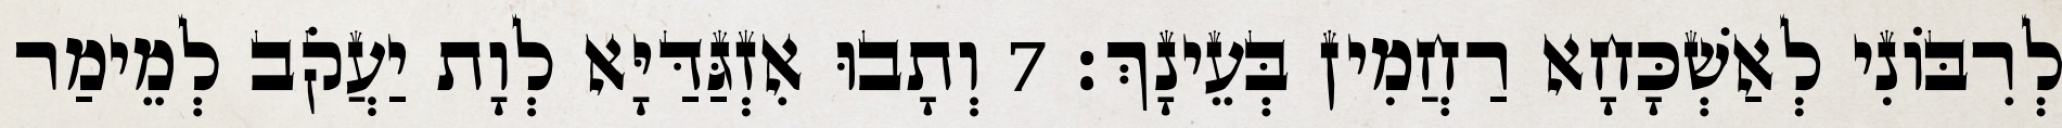
לְרִבּוֹנִי לְאַשְׁכָּחָא רַחֲמִין בְּעֵינָךְ׃ 7 וְתָבוּ אִזְגַּדַּיָּא לְוָת יַעֲקֹב לְמֵימַר